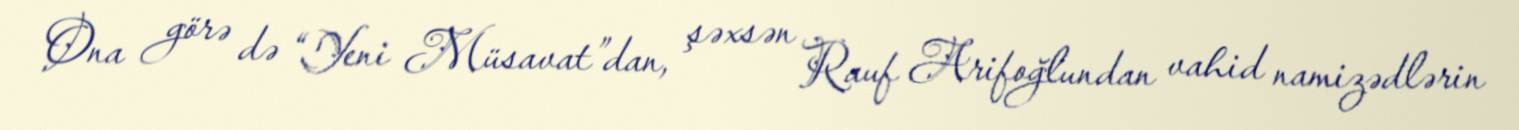
Ona görə də “Yeni Müsavat”dan, şəxsən Rauf Arifoğlundan vahid namizədlərin